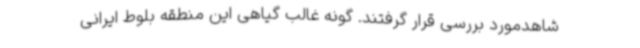
شاهدمورد بررسی قرار گرفتند. گونه غالب گیاهی این منطقه بلوط ایرانی